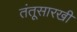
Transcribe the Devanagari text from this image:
तंतूसारखी